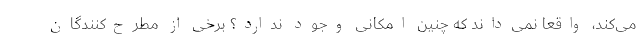
می‌کند، واقعا نمی‌داند که چنین امکانی وجود ندارد؟ برخی از مطرح‌کنندگان